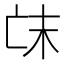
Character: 𠅒